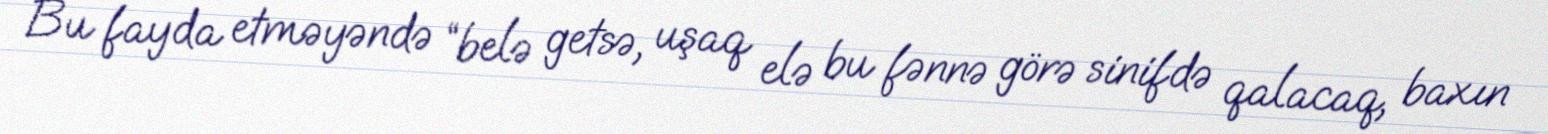
Bu fayda etməyəndə “belə getsə, uşaq elə bu fənnə görə sinifdə qalacaq, baxın